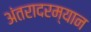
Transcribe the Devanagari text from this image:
अंतरादरम्यान